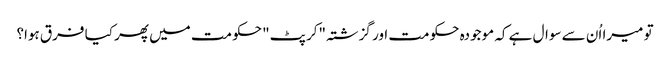
تو میرا اُن سے سوال ہے کہ موجودہ حکومت اور گزشتہ "کرپٹ" حکومت میں پھر کیا فرق ہوا؟